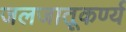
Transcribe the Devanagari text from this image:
जलजातूकर्ण्य